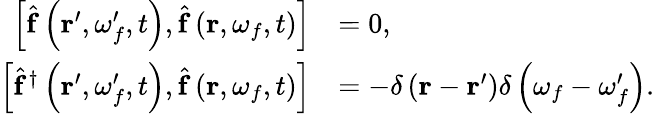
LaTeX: \begin{array}{rl}{\left[\hat{\mathbf{f}}\left(\mathbf{r}^{\prime},\omega_{f}^{\prime},t\right),\hat{\mathbf{f}}\left(\mathbf{r},\omega_{f},t\right)\right]}&{=0,}\\ {\left[\hat{\mathbf{f}}^{\dagger}\left(\mathbf{r}^{\prime},\omega_{f}^{\prime},t\right),\hat{\mathbf{f}}\left(\mathbf{r},\omega_{f},t\right)\right]}&{=-\delta\left(\mathbf{r}-\mathbf{r}^{\prime}\right)\delta\left(\omega_{f}-\omega_{f}^{\prime}\right).}\end{array}